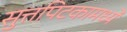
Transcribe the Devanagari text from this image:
सुत्तपिटकामध्ये